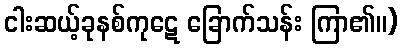
ငါးဆယ့်ခုနစ်ကုဋေ ခြောက်သန်း ကြာ၏။)